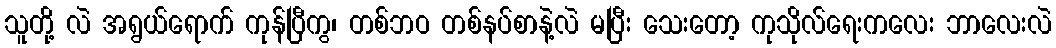
သူတို့ လဲ အရွယ်ရောက် ကုန်ပြီကွ၊ တစ်ဘဝ တစ်နပ်စာနဲ့လဲ မပြီး သေးတော့ ကုသိုလ်ရေးကလေး ဘာလေးလဲ